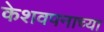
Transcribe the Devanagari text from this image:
केशवपनाच्या